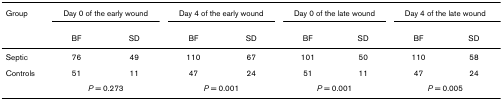
<table><thead><tr><td><b>Group</b></td><td colspan="2"><b>Day 0 of the early wound</b></td><td colspan="2"><b>Day 4 of the early wound</b></td><td colspan="2"><b>Day 0 of the late wound</b></td><td colspan="2"><b>Day 4 of the late wound</b></td></tr><tr><td></td><td><b>BF</b></td><td><b>SD</b></td><td><b>BF</b></td><td><b>SD</b></td><td><b>BF</b></td><td><b>SD</b></td><td><b>BF</b></td><td><b>SD</b></td></tr></thead><tbody><tr><td>Septic</td><td>76</td><td>49</td><td>110</td><td>67</td><td>101</td><td>50</td><td>110</td><td>58</td></tr><tr><td>Controls</td><td>51</td><td>11</td><td>47</td><td>24</td><td>51</td><td>11</td><td>47</td><td>24</td></tr><tr><td></td><td colspan="2"><i>P </i>= 0.273</td><td colspan="2"><i>P </i>= 0.001</td><td colspan="2"><i>P </i>= 0.001</td><td colspan="2"><i>P </i>= 0.005</td></tr></tbody></table>